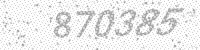
Solution: 870385